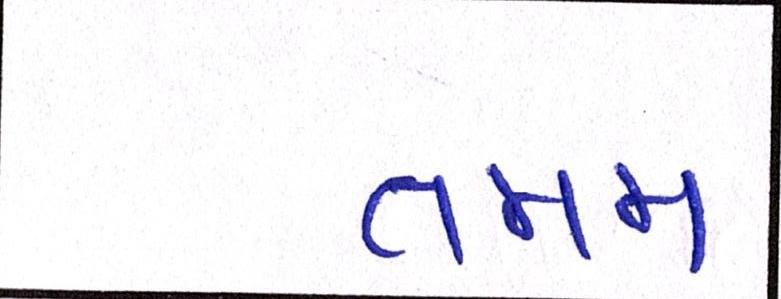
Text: તમમ